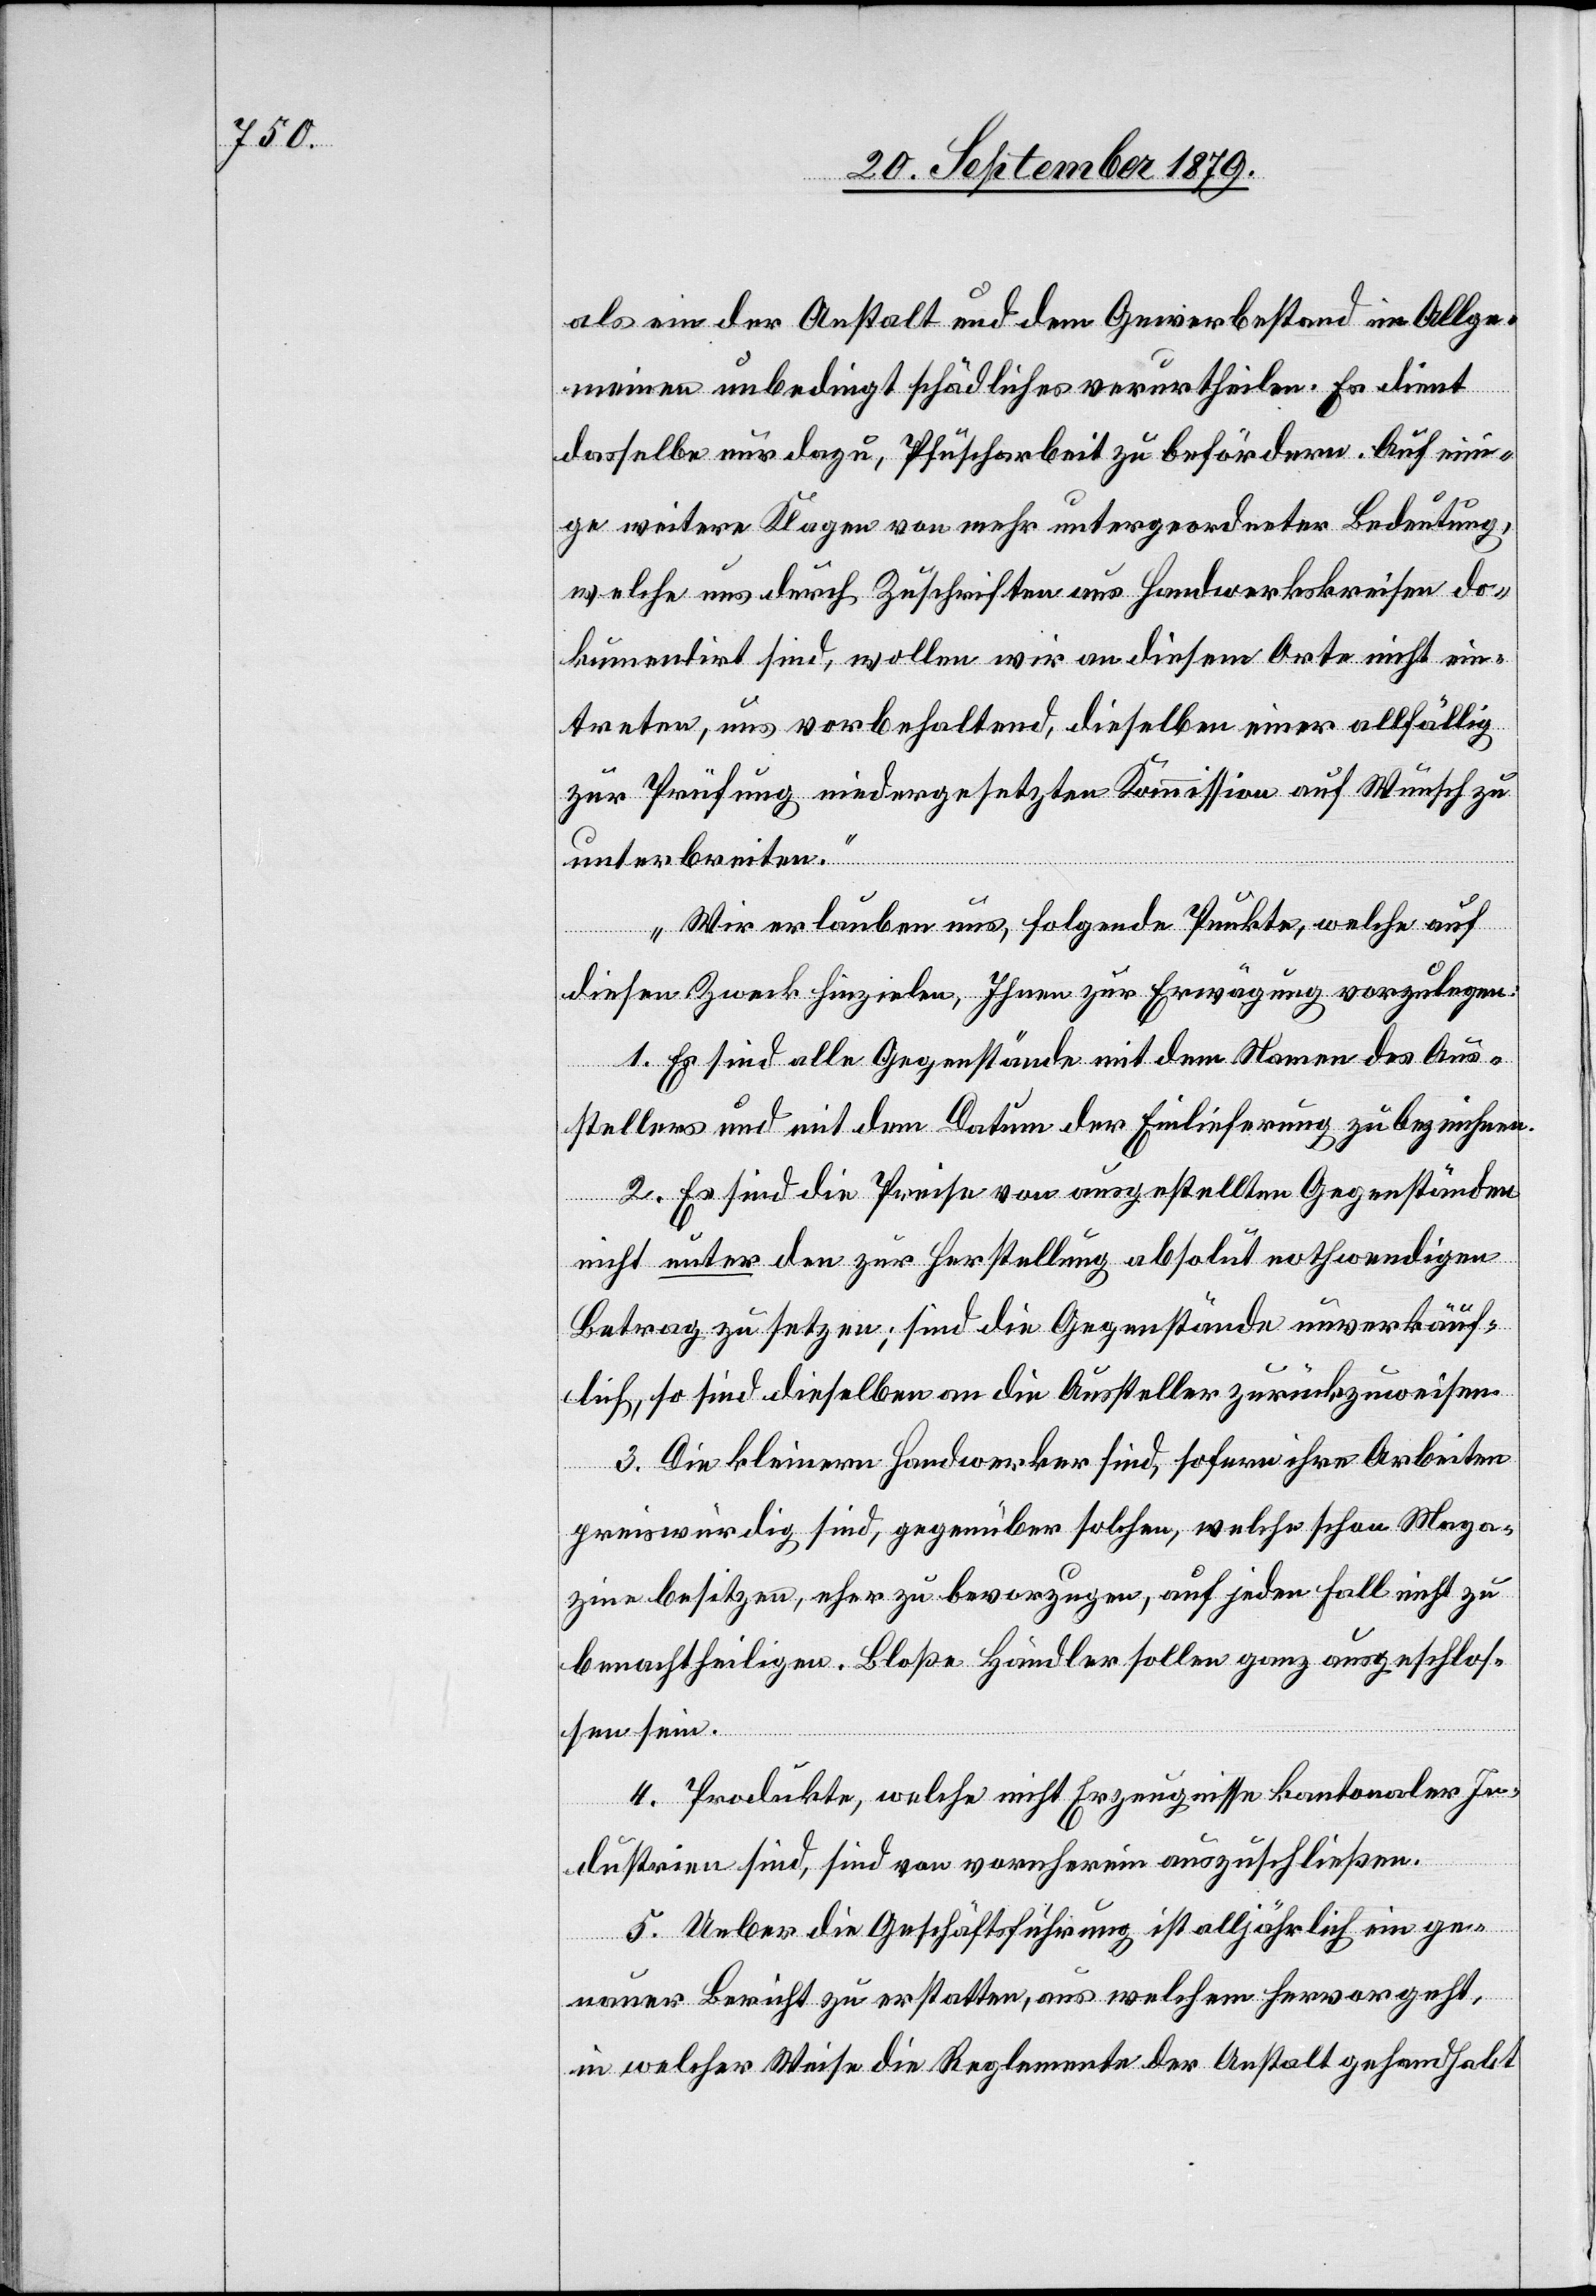
als ein der Anstalt und dem Gewerbestand im Allge¬
meinen unbedingt schädliches verurtheilen. Es dient
dasselbe nur dazu, Pfuscharbeit zu befördern. Auch eini¬
ge weitere Klagen von mehr untergeordneter Bedeutung,
welche uns durch Zuschriften aus Handwerkskreisen do¬
kumentirt sind, wollen wir an diesem Orte nicht ein¬
treten uns vorbehaltend, dieselben einer allfällig
zur Prüfung niedergesetzten Kommission auf Wunsch zu
unterbreiten.
Wir erlauben uns, folgende Punkte, welche auf
diesen Zweck hinzielen, Ihnen zur Erwägung vorzulegen:
1. Es sind alle Gegenstände mit dem Namen des Aus¬
stellers und mit dem Datum der Einlieferung zu bezeichnen.
2. Es sind die Preise von ausgestellten Gegenständen
nicht unter den zur Herstellung absolut nothwendigen
Betrag zu setzen; sind die Gegenstände unverkäuf¬
lich, so sind dieselben an die Aussteller zurückzuweisen.
3. Die kleinern Handwerker sind, sofern ihre Arbeiten
preiswürdig sind, gegenüber solchen, welche schon Maga¬
zine besitzen, eher zu bevorzugen, auf jeden Fall nicht zu
benachtheiligen. Bloße Händler sollen ganz ausgeschlos¬
sen sein.
4. Produkte, welche nicht Erzeugnisse kantonaler In¬
dustrien sind, sind von vornherein auszuschließen.
5. Ueber die Geschäftsführung ist alljährlich ein ge¬
nauer Bericht zu erstatten, aus welchem hervorgeht,
in welcher Weise die Reglemente der Anstalt gehandhabt